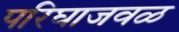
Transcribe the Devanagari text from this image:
परिघाजवळ